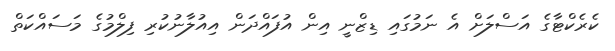
ކެރެކްޓާގެ އަސްލަށް އެ ނަމުގައި ޑިޒްނީ އިން އުފައްދަން އިއުލާނުކުރި ފިލްމުގެ މަސައްކަތް